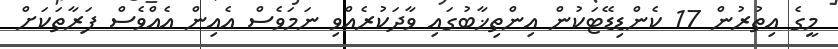
މީގެ އިތުރުން 17 ކެންޑިޑޭޓަކުން އިންތިޚާބުގައި ވާދަކުރެއްވި ނަމަވެސް އެއިން އެއްވެސް ފަރާތަކަށް